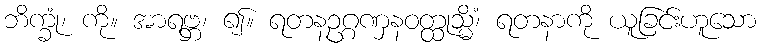
ဘိက္ခုံ၊ ကို။ အာရဗ္ဘ၊ ၍။ ရတနဥဂ္ဂဏှနဝတ္ထုသ္မိံ၊ ရတနာကို ယူခြင်းဟူသော